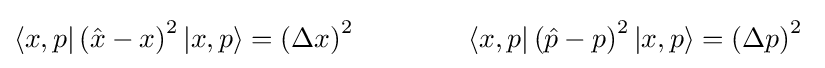
\langle x,p|\left({\hat {x}}-x\right)^{2}|x,p\rangle =\left(\Delta x\right)^{2}\qquad \qquad \langle x,p|\left({\hat {p}}-p\right)^{2}|x,p\rangle =\left(\Delta p\right)^{2}~